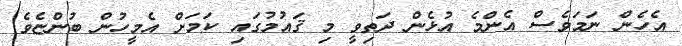
އެހެން ނަމަވެސް އެންމެ އުޅެން ދަތިވީ މި ޤައުމުގައި ކަމަށް އެމީހުން ބުންޏެވެ.